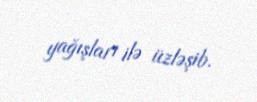
yağışları ilə üzləşib.